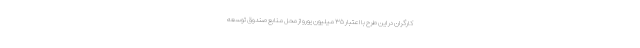
کارگران در این طرح با اعتبار ۳۵ میلیون یورو از محل منابع صندوق توسعه